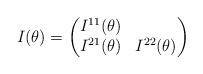
LaTeX: \begin{align*} I(\theta) = \begin{pmatrix} I^{11} (\theta) & \\ I^{21} (\theta) & I^{22} (\theta) \end{pmatrix} \end{align*}